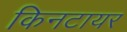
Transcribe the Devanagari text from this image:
किनटायर